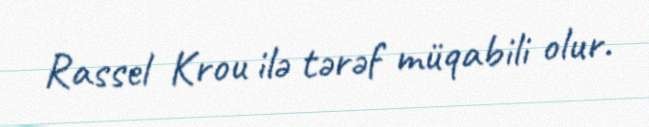
Rassel Krou ilə tərəf müqabili olur.